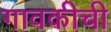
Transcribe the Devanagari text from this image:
गावकीची